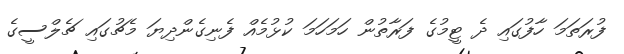
ފުރަތަމަ ހާފުގައި ދެ ޓީމުގެ ފަރާތުން ހަމަހަމަ ކުޅުމެއް ފެނިގެންދިޔަ މެޗުގައި ޗެލްސީގެ